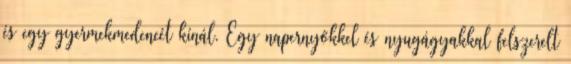
és egy gyermekmedencét kínál. Egy napernyőkkel és nyugágyakkal felszerelt